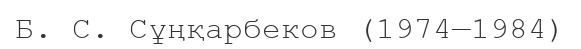
Б. С. Сұңқарбеков (1974—1984)